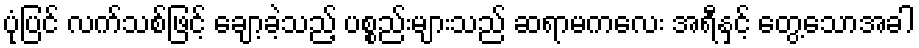
ပုံပြင် လက်သစ်ဖြင့် ချော့ခဲ့သည့် ပစ္စည်းများသည် ဆရာမကလေး အရီနှင့် တွေ့သောအခါ